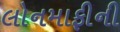
લોનમાફીની